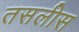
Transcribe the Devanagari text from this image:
तसलीस